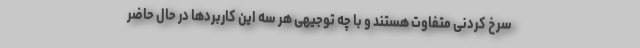
سرخ کردنی متفاوت هستند و با چه توجیهی هر سه این کاربردها در حال حاضر